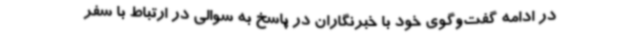
در ادامه گفت‌وگوی خود با خبرنگاران در پاسخ به سوالی در ارتباط با سفر